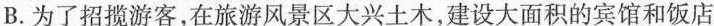
B.为了招揽游客，在旅游风景区大兴土木，建设大面积的宾馆和饭店